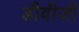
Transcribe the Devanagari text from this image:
डीवीजी